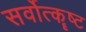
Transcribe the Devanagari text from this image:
सर्वोत्कॄष्ट